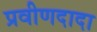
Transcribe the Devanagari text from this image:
प्रवीणदादा